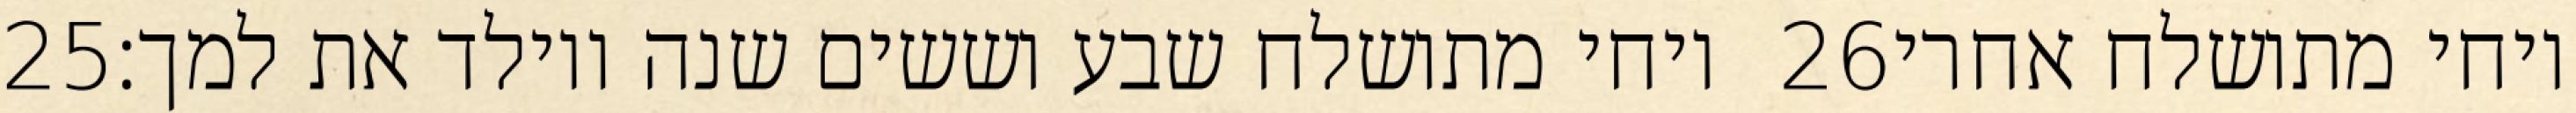
‎25‏ ויחי מתושלח שבע וששים שנה ויולד את למך׃ ‎26‏ ויחי מתושלח אחרי